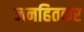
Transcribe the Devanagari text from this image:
जनहितकर